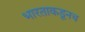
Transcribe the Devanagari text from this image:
भारताकडूनच